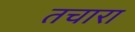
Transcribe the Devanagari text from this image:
तचारा